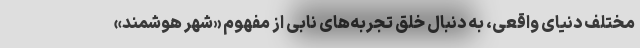
مختلف دنیای واقعی، به دنبال خلق تجربه‌های نابی از مفهوم «شهر هوشمند»